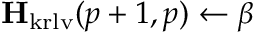
\mathbf { H } _ { \mathrm { k r l v } } ( p + 1 , p ) \leftarrow \beta